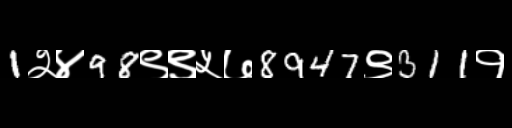
Text: 1२४98९९५७8947९311१